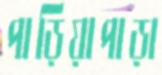
পাড়িয়াপাড়া